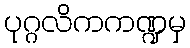
ပုဂ္ဂလိကကဏ္ဍမှ